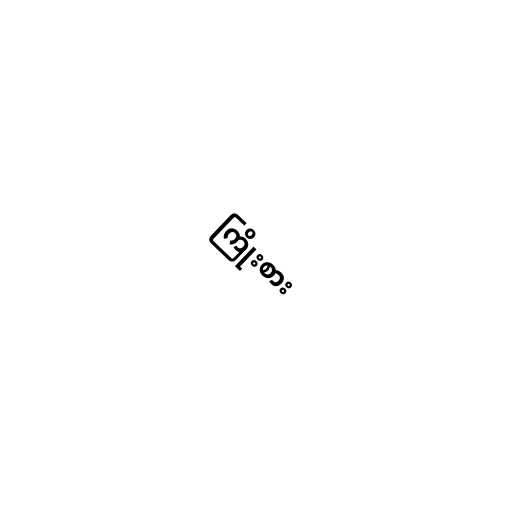
ကြိုးစား